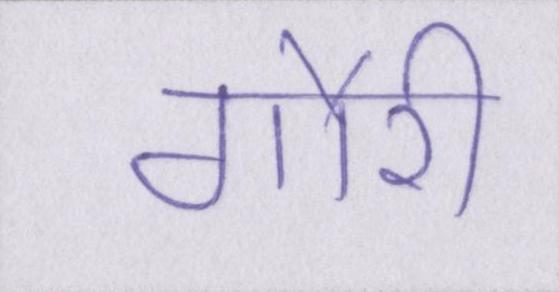
गौरी